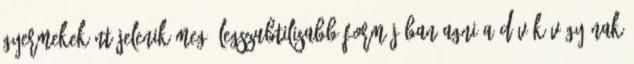
gyermekeként jelenik meg. Legszubtilisabb formájában Agni a dévák vágyának